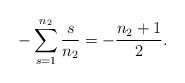
LaTeX: \begin{gather*}-\sum_{s=1}^{n_2}\frac{s}{n_2}=-\frac{n_2+1}{2}.\end{gather*}